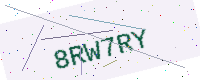
Text: 8RW7RY